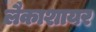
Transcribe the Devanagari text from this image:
लैकाशायर